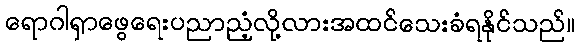
ရောဂါရှာဖွေရေးပညာညံ့လို့လားအထင်သေးခံရနိုင်သည်။